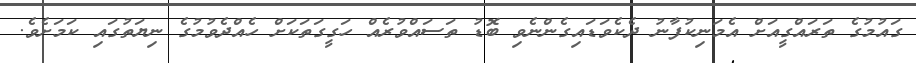
ގައުމުގެ ތަރައްގީއަށް އެމަނިކުފާނު ދެކެވަޑައިގެންނެވި ބޮޑު ތަސައްވުރެއް ހަގީގަތަކަށް ހެއްދެވުމުގެ ނިޔަތުގައި ކަމަށެވެ.